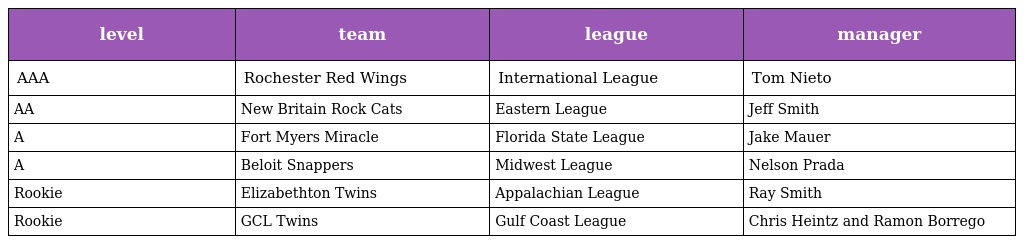
| level | team | league | manager |
 | --- | --- | --- | --- |
 | AAA | Rochester Red Wings | International League | Tom Nieto |
 | AA | New Britain Rock Cats | Eastern League | Jeff Smith |
 | A | Fort Myers Miracle | Florida State League | Jake Mauer |
 | A | Beloit Snappers | Midwest League | Nelson Prada |
 | Rookie | Elizabethton Twins | Appalachian League | Ray Smith |
 | Rookie | GCL Twins | Gulf Coast League | Chris Heintz and Ramon Borrego |